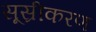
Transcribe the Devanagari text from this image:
सूस्रीकरण